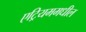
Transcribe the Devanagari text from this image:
एट्रियममधील